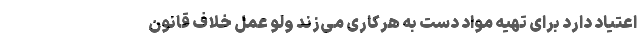
اعتیاد دارد برای تهیه مواد دست به هرکاری می‌زند ولو عمل خلاف قانون